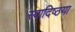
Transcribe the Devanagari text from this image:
स्वादिष्ठया